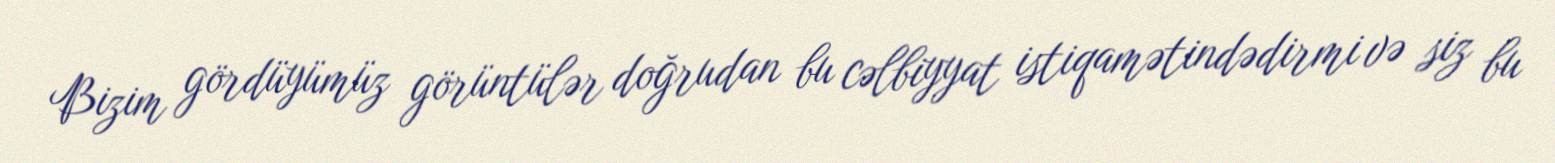
Bizim gördüyümüz görüntülər doğrudan bu cəlbiyyat istiqamətindədirmi və siz bu